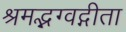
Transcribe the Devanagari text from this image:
श्रमद्भग्वद्गीता